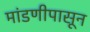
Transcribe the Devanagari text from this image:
मांडणीपासून